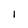
Character: I